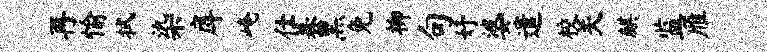
再愉拭染戽崦仕暮黑免柳句妤婆遣校关麒监雁